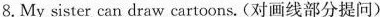
8.My sister can draw cartoons. (对画线部分提问)